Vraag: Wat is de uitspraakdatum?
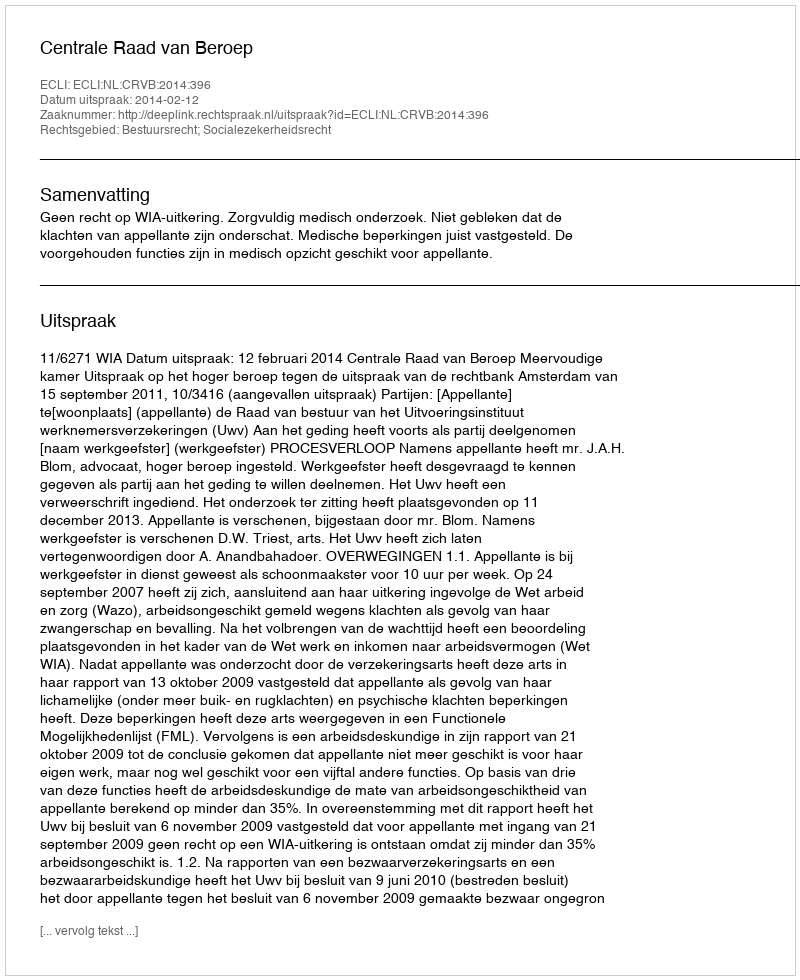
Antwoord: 2014-02-12